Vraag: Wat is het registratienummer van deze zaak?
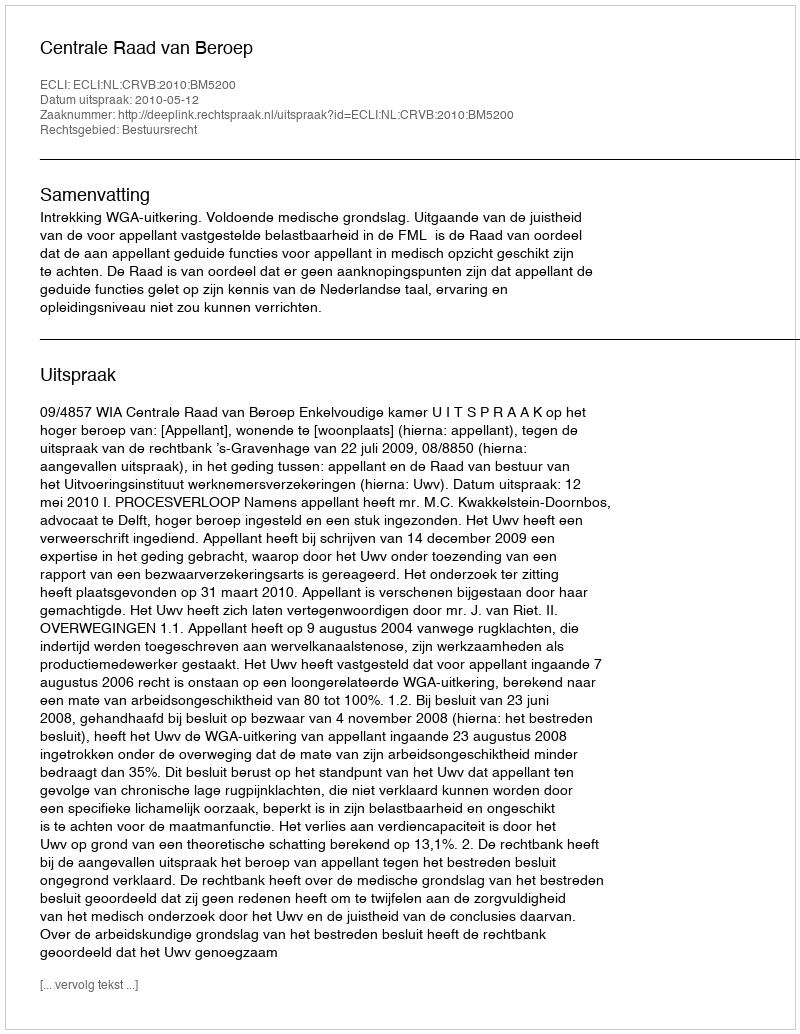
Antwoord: http://deeplink.rechtspraak.nl/uitspraak?id=ECLI:NL:CRVB:2010:BM5200